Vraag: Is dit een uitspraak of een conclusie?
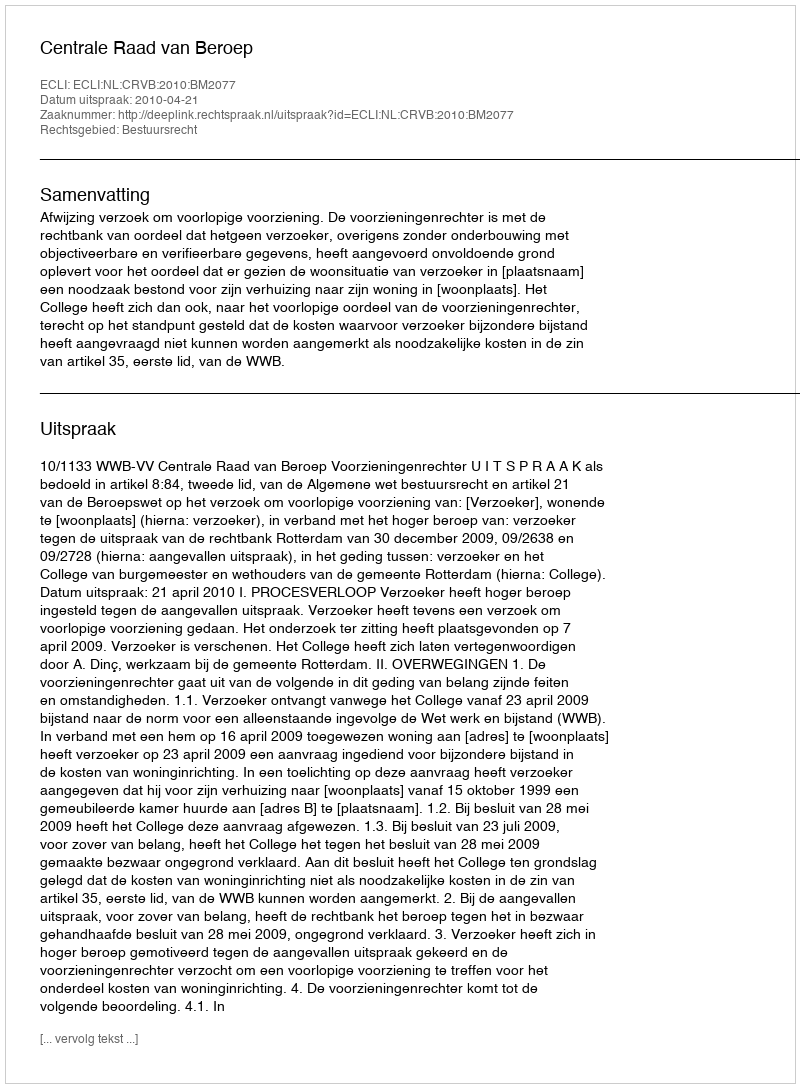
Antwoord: Uitspraak